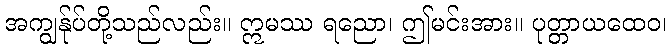
အကျွန်ုပ်တို့သည်လည်း။ ဣမဿ ရညော၊ ဤမင်းအား။ ပုတ္တာယထေဝ၊